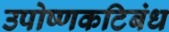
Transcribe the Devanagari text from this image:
उपोष्णकटिबंध